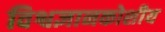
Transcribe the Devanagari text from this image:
विश्वज्ञानकोशीय